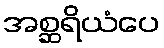
အစ္ဆရိယံပေ